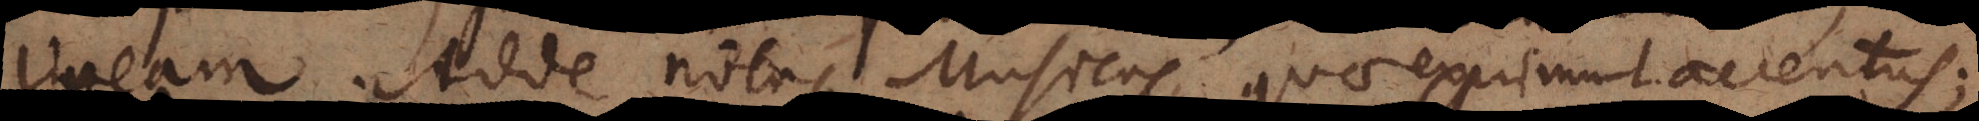
lineam. Adde notas, Musicas, quae exprimunt accentus;